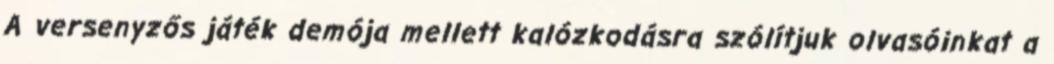
A versenyzős játék demója mellett kalózkodásra szólítjuk olvasóinkat a